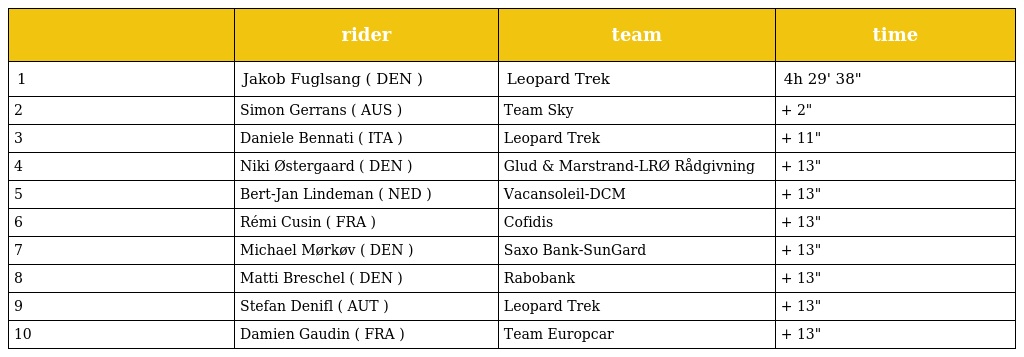
|  | rider | team | time |
 | --- | --- | --- | --- |
 | 1 | Jakob Fuglsang ( DEN ) | Leopard Trek | 4h 29' 38" |
 | 2 | Simon Gerrans ( AUS ) | Team Sky | + 2" |
 | 3 | Daniele Bennati ( ITA ) | Leopard Trek | + 11" |
 | 4 | Niki Østergaard ( DEN ) | Glud & Marstrand-LRØ Rådgivning | + 13" |
 | 5 | Bert-Jan Lindeman ( NED ) | Vacansoleil-DCM | + 13" |
 | 6 | Rémi Cusin ( FRA ) | Cofidis | + 13" |
 | 7 | Michael Mørkøv ( DEN ) | Saxo Bank-SunGard | + 13" |
 | 8 | Matti Breschel ( DEN ) | Rabobank | + 13" |
 | 9 | Stefan Denifl ( AUT ) | Leopard Trek | + 13" |
 | 10 | Damien Gaudin ( FRA ) | Team Europcar | + 13" |